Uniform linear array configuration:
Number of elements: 48
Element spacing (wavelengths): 1
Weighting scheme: cosine
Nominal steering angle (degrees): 30
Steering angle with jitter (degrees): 30.903
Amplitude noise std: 0.05
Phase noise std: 0.05

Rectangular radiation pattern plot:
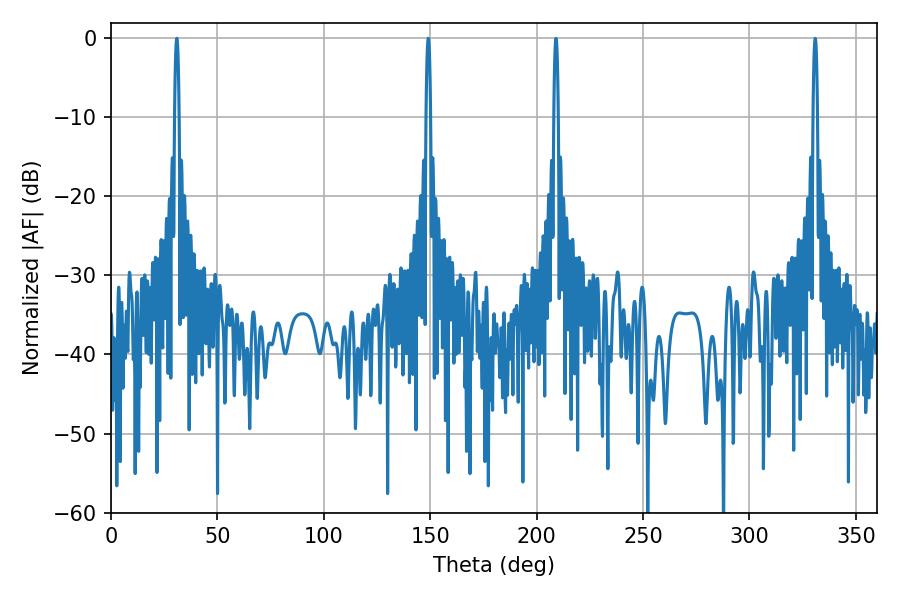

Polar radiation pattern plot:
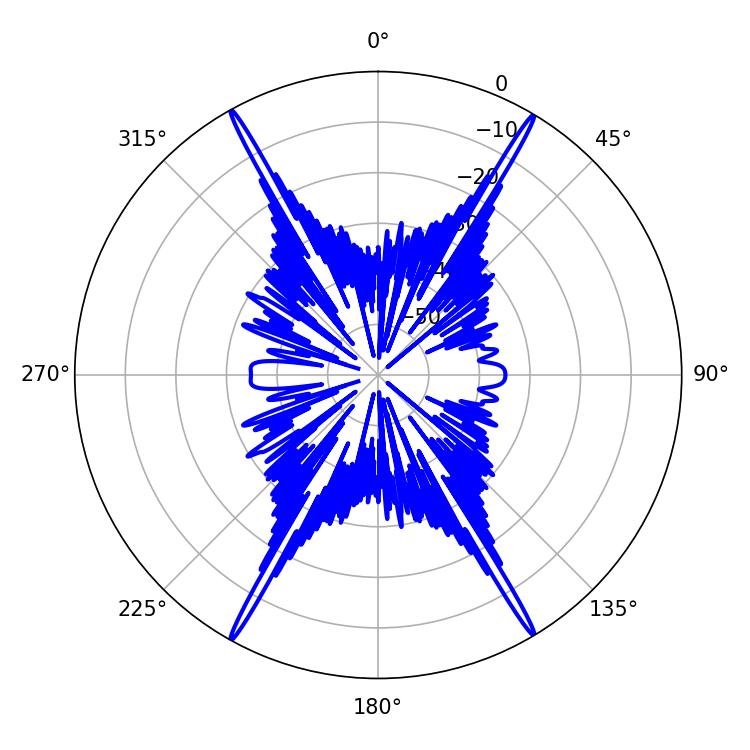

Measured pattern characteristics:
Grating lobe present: TRUE
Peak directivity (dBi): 30.719
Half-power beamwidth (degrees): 1.08
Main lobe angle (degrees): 149.04